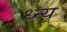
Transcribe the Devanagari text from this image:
ध्न्य